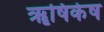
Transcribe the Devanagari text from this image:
ॠषिकेष